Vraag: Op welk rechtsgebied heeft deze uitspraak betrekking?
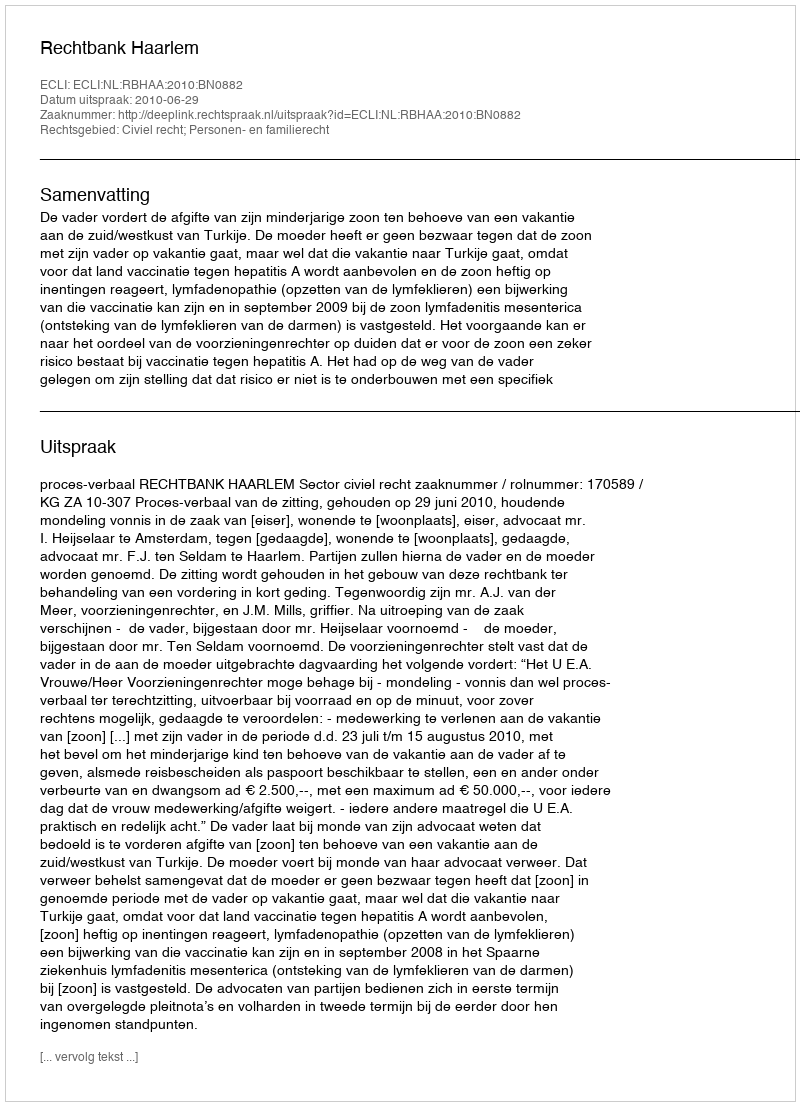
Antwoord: Civiel recht; Personen- en familierecht